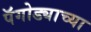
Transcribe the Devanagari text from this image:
पॅगोड्याच्या